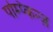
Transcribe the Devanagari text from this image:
पम्प्किन्ज़